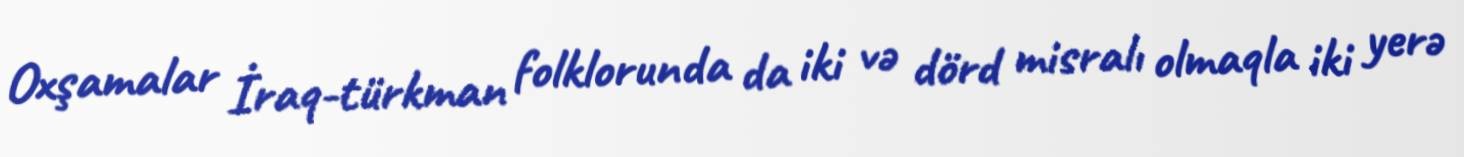
Oxşamalar İraq-türkman folklorunda da iki və dörd misralı olmaqla iki yerə